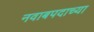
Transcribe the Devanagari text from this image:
नवाबपदाच्या